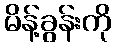
မိန့်ခွန်းကို